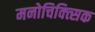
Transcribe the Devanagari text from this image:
मनोचिक्त्सिक